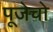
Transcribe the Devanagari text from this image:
पूजेचो